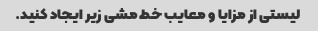
لیستی از مزایا و معایب خط مشی زیر ایجاد کنید.